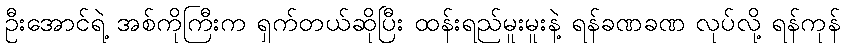
ဦးအောင်ရဲ့ အစ်ကိုကြီးက ရှက်တယ်ဆိုပြီး ထန်းရည်မူးမူးနဲ့ ရန်ခဏခဏ လုပ်လို့ ရန်ကုန်